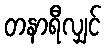
တနာရီလျှင်